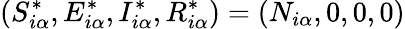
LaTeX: (S_{i\alpha}^{*},E_{i\alpha}^{*},I_{i\alpha}^{*},R_{i\alpha}^{*})=(N_{i\alpha},0,0,0)